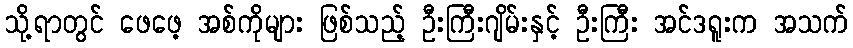
သို့ရာတွင် ဖေဖေ့ အစ်ကိုများ ဖြစ်သည့် ဦးကြီးဂျိမ်းနှင့် ဦးကြီး အင်ဒရူးက အသက်